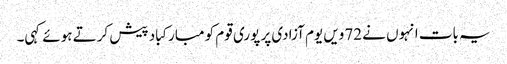
یہ بات انہوں نے 72ویں یوم آزادی پر پوری قوم کو مبارکباد پیش کرتے ہوئے کہی۔